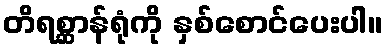
တိရစ္ဆာန်ရုံကို နှစ်စောင်ပေးပါ။